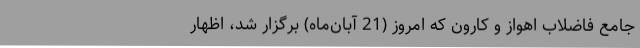
جامع فاضلاب اهواز و کارون که امروز (21 آبان‌ماه) برگزار شد، اظهار